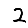
Digit: 2